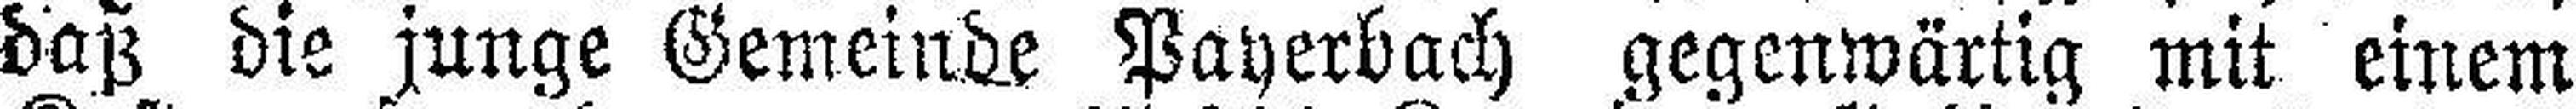
daß die junge Gemeinde Payerbach gegenwärtig mit einem